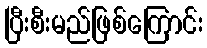
ပြီးစီးမည်ဖြစ်ကြောင်း